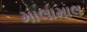
માલામાલ